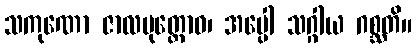
သကုဏော ဇာလမုတ္တောဝ၊ အပ္ပေါ သဂ္ဂါယ ဂစ္ဆတိ။